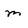
Character: m